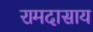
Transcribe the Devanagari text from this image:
रामदासाय